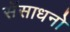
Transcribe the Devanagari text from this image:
सॅसाधनो